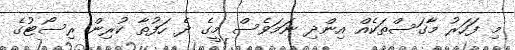
މި ފަހަރު މާގަސްތަކެއް އިންދި ނަމަވެސް މީގެ ދެ ހަފުތާ ކުރިން ރިސޯޓުގެ